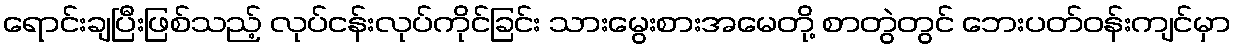
ရောင်းချပြီးဖြစ်သည့် လုပ်ငန်းလုပ်ကိုင်ခြင်း သားမွေးစားအမေတို့ စာတွဲတွင် ဘေးပတ်ဝန်းကျင်မှာ